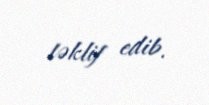
təklif edib.